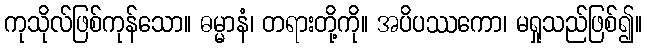
ကုသိုလ်ဖြစ်ကုန်သော။ ဓမ္မာနံ၊ တရားတို့ကို။ အပိပဿကော၊ မရှုသည်ဖြစ်၍။